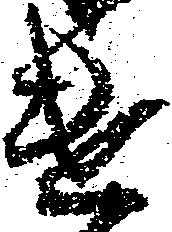
遣